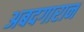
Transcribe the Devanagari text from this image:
अबदगारान